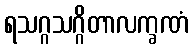
ရသဂ္ဂသဂ္ဂိတာလက္ခဏံ